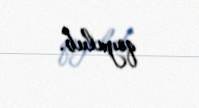
qoyulub.